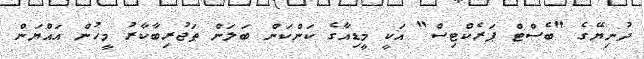
ދުނިޔޭގެ "ބެސްޓް ޕަރެކްޓިސް" އަކީ މީޑިއާގެ ކަންކަން ބަލަން ތަޖުރިބާކާރު މީހުން އައްޔަން